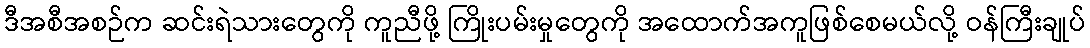
ဒီအစီအစဉ်က ဆင်းရဲသားတွေကို ကူညီဖို့ ကြိုးပမ်းမှုတွေကို အထောက်အကူဖြစ်စေမယ်လို့ ဝန်ကြီးချုပ်